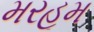
મરહૂમ